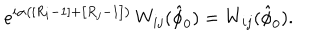
e ^ { i \alpha \left( \left[ R _ { i } - 1 \right] + \left[ R _ { j } - 1 \right] \right) } \, W _ { i j } ( \hat { \phi } _ { 0 } ) = W _ { i j } ( \hat { \phi } _ { 0 } ) .